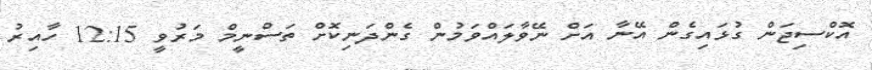
އޮކްސިޖަން ގުޅައިގެން އޭނާ އަށް ނޭވާލައްވަމުން ގެންދަނިކޮށް ތަސްނީމް މަރުވީ 12:15 ހާއިރު